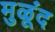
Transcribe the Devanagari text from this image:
मुळूंद